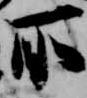
所